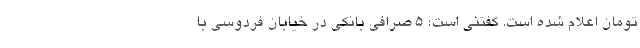
تومان اعلام شده است. گفتنی است؛ ۵ صرافی بانکی در خیابان فردوسی با